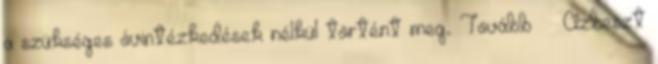
a szükséges óvintézkedések nélkül történt meg,. Tovább › ›Azbeszt